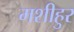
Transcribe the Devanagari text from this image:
मशीहुर